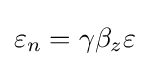
\varepsilon _{n}=\gamma \beta _{z}\varepsilon